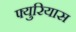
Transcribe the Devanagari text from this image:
फ्युरियास